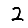
Digit: 2